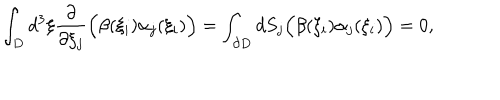
LaTeX: \displaystyle \int _ { D } d ^ { 3 } \xi \frac { \partial } { \partial \xi _ { j } } \Bigl ( \beta ( \xi _ { i } ) \alpha _ { j } ( \xi _ { i } ) \Bigr ) = \int _ { \partial D } d S _ { j } \Bigl ( \beta ( \xi _ { i } ) \alpha _ { j } ( \xi _ { i } ) \Bigr ) = 0 ,